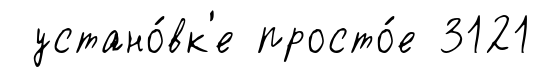
устано́вк'е просто́е 3121